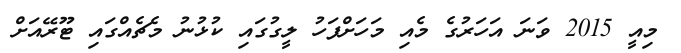
މިއީ 2015 ވަނަ އަހަރުގެ މެއި މަހަށްފަހު ލީގުގައި ކުޅުނު މެޗެއްގައި ޓޫރޭއަށް